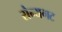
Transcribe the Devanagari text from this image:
सैन्यगट